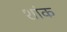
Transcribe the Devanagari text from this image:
शांक